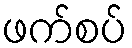
ဖက်စပ်